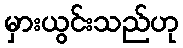
မှားယွင်းသည်ဟု